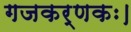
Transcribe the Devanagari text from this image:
गजकर्णकः।